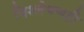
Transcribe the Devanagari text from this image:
विश्लेषणही